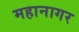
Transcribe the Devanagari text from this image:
महानागर